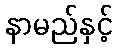
နာမည်နှင့်